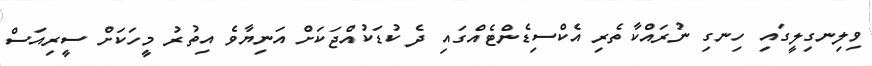
ވިލިނގިލީގައި ހިނގި ނުރައްކާތެރި އެކްސިޑެންޓެއްގައި ދެ ކުޑަކުއްޖަކަށް އަނިޔާވެ އިތުރު މީހަކަށް ސީރިއަސް